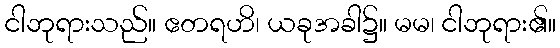
ငါဘုရားသည်။ ဧတရဟိ၊ ယခုအခါ၌။ မမ၊ ငါဘုရား၏။